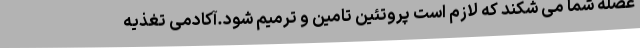
عضله شما می شکند که لازم است پروتئین تامین و ترمیم شود.آکادمی تغذیه